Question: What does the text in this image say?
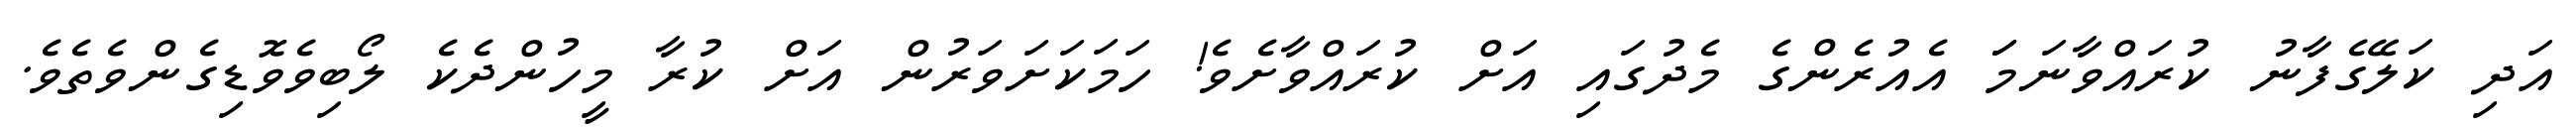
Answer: އަދި ކަލޭގެފާނު ކުރައްވާނަމަަ އެއުރެންގެ މެދުގައި އަށް ކުރައްވާށެވެ! ހަމަކަށަވަރުން އަށް ކުރާ މީހުންދެކެ ލޯބިވެވޮޑިގެންވެތެވެ.